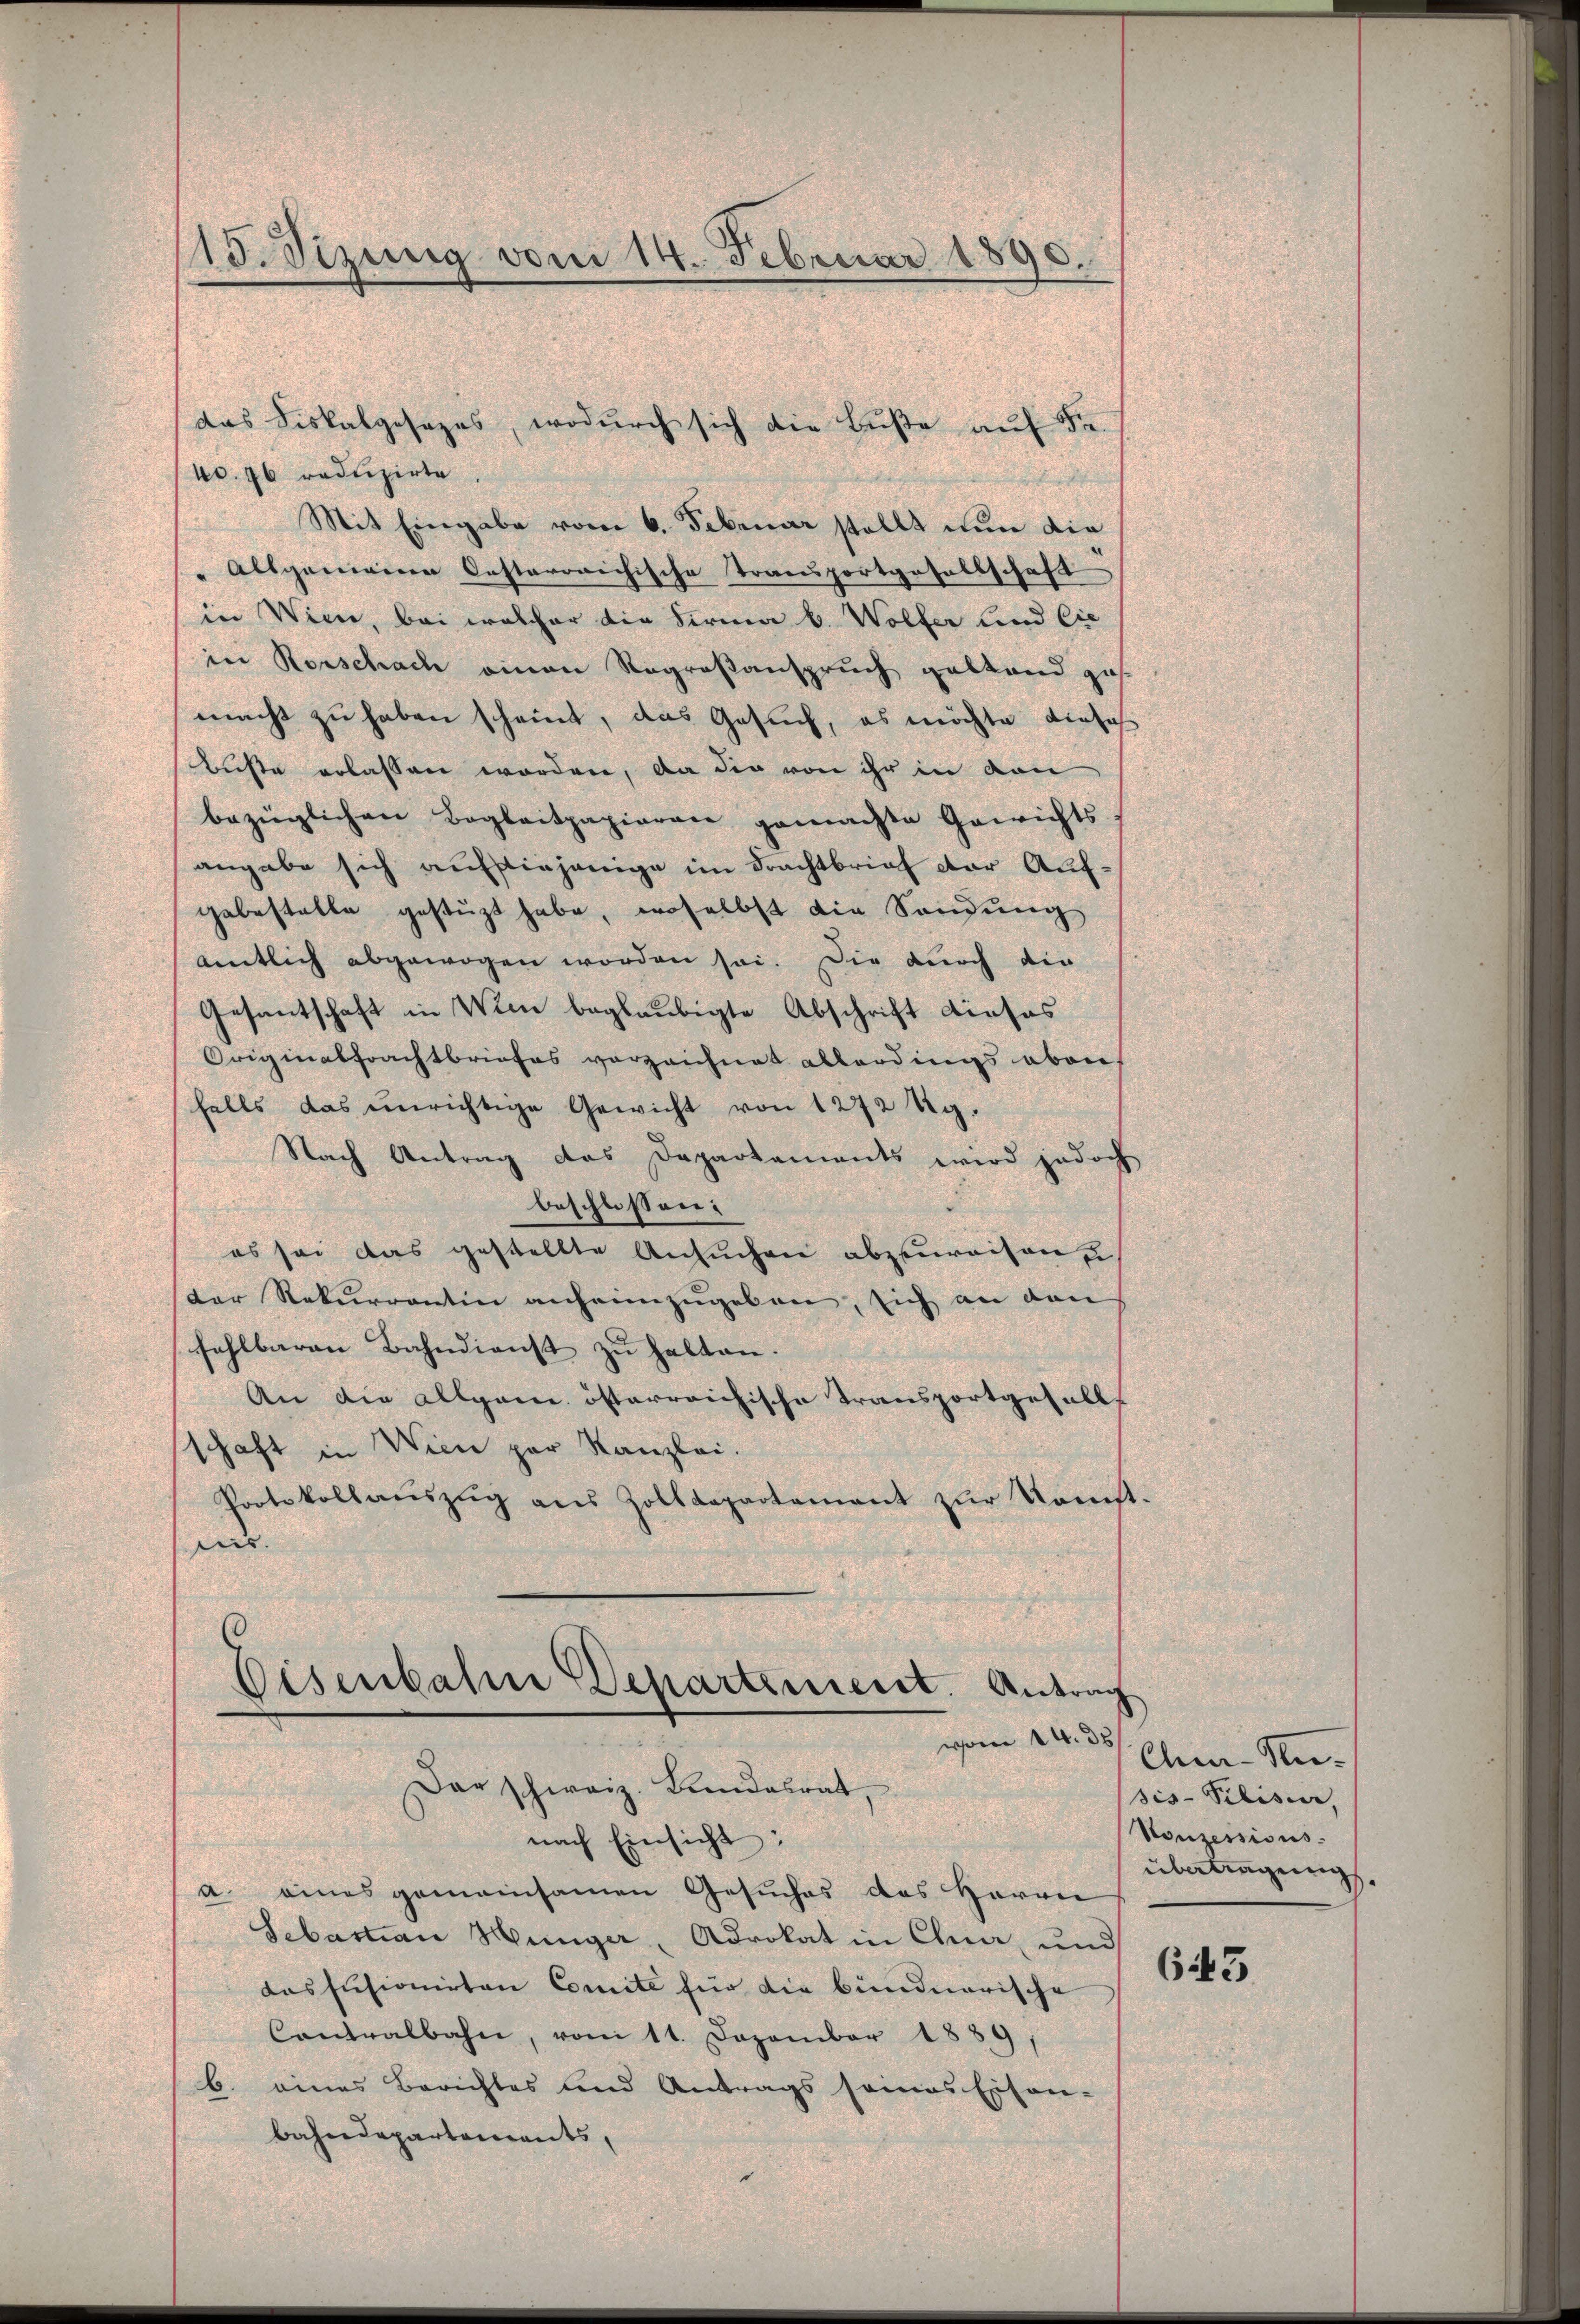
15. Sizung vom 14. Februar 1890

40. 76 reduzirte
Mit Eingabe vom 6. Februar stellt nun die
" Allgemeine Oesterreichische Transportgesellschaft
in Wien, bei welcher die Firma b. Wolfer und Cie
in Rorschach einen Regroßanspruch gestand ges
macht zu haben scheint, das Gesuch, es möchte dieses
Büste erlassen worden, da die von ihr in von
bezüglichen Boglaitpapieren gemachte Gewichts
angabe sich aufstiejenige im Frachtbrief der Auf-
gebestelle gestüzt habe, woselbst die Sandung
amtlich abgewogen worden sei. Die durch die
Gesantschaft in Wien beglaubigte Abschrift dieses
Originalfrachtbriefes verzeichnet allerdings aber
falls das einrichtige Gewicht von 1272 Rg.
Nach Antrag das Departements wird jedoch
beschlossen:
es sei das gestellte Ansuchen abzuweisen
der Rekurrentin anheimzugeben, sich an den
fehlbaren Bahndienst zŭ halten.
An die allgem. österreichische Transportgefalls
schaft in Wien par Kanzlei.
Protokollaŭszŭg ans Zolldepartement zŭr Konst.
ies.
Eisenbahne Departement. Antrag
vom 14. ds
Der schweiz. Landesrat,
nach Einsicht:
a. eines gemeinsamen Gesuches des Herrn
Sebastian Münger, Advokat in Chur, und
dasfusionirten Comite für die bundnerische
Contralbahn, vom 11. Dezember 1889,
b. eines Berichtes und Antrags sonas Eisen-
bahndepartements,

das Fiskalgesezes, wodurch sich die Buße auf Fr.

Chn-Ansis-Pilisier,
Nonzessions.
übertragung. |

643